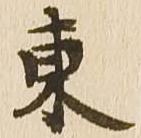
東